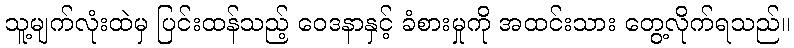
သူ့မျက်လုံးထဲမှ ပြင်းထန်သည့် ဝေဒနာနှင့် ခံစားမှုကို အထင်းသား တွေ့လိုက်ရသည်။